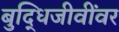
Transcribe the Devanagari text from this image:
बुद्धिजीवींवर